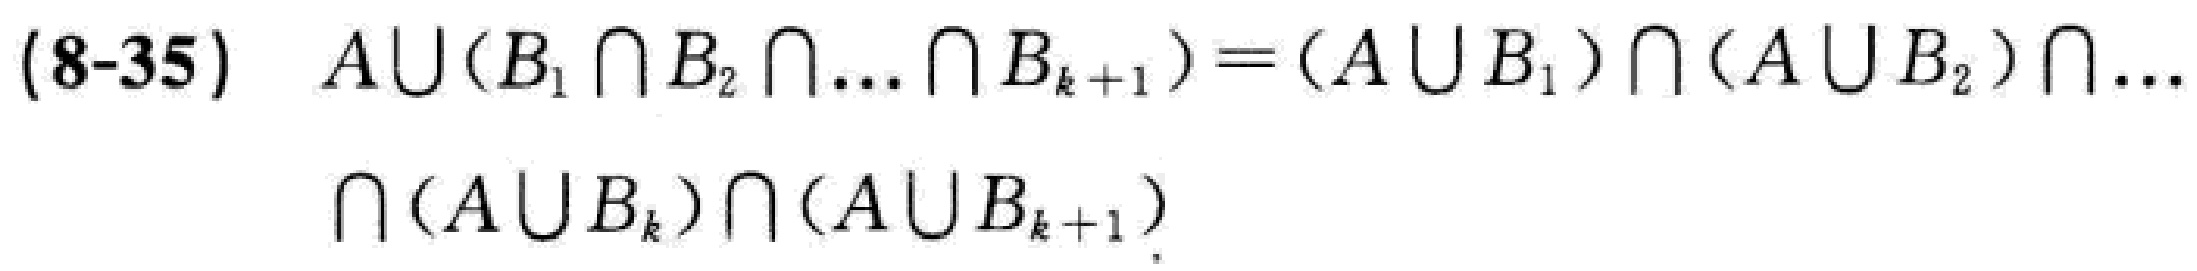
(8-35) \(A\cup(B_1\cap B_2\cap\ldots\cap B_{k + 1})=(A\cup B_1)\cap(A\cup B_2)\cap\ldots\cap(A\cup B_{k})\cap(A\cup B_{k + 1})\)